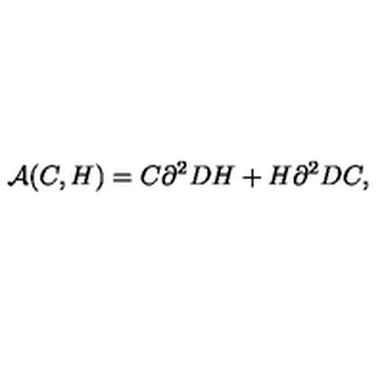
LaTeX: { \cal A } ( C , H ) = C \partial ^ { 2 } D H + H \partial ^ { 2 } D C ,